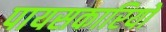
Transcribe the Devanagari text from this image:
पायसकारियों